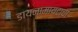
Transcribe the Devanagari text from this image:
डायनामायटाचा